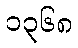
၁၃၆၈